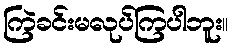
ကြဲခင်းမလုပ်ကြပါဘူး။